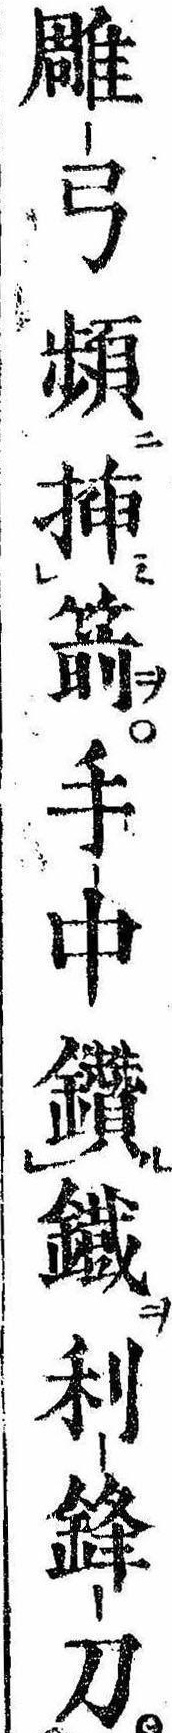
雕弓頻挿箭手中鑽鉄利鋒刀